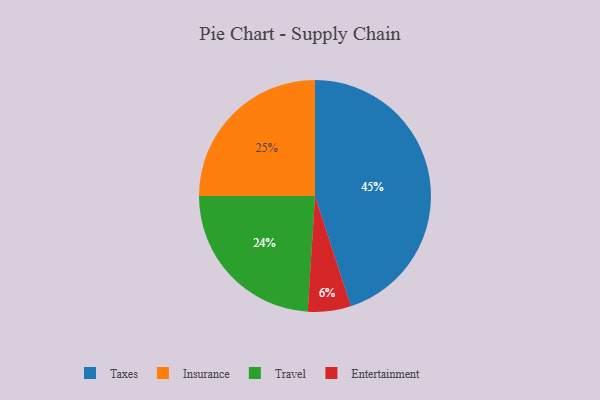
{"axis": {"x": "Category", "y": "Percentage"}, "legend": ["Entertainment", "Insurance", "Taxes", "Travel"], "data": [{"x": "Travel", "y": 24, "type": "Travel"}, {"x": "Entertainment", "y": 6, "type": "Entertainment"}, {"x": "Insurance", "y": 25, "type": "Insurance"}, {"x": "Taxes", "y": 45, "type": "Taxes"}]}